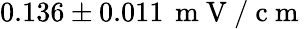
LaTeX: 0.136\pm 0.011\, \mathrm{~m~V~/~c~m~}